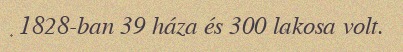
1828-ban 39 háza és 300 lakosa volt.